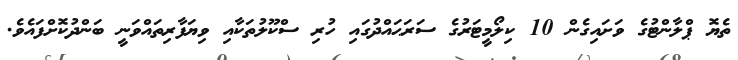
ތެޔޮ ޕްލާންޓުގެ ވަށައިގެން 10 ކިލޯމީޓަރުގެ ސަރަޙައްދުގައި ހުރި ސްކޫލުތަކާއި ވިޔަފާރިތައްވަނީ ބަންދުކޮށްފައެވެ.